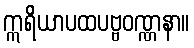
ဣရိယာပထပဗ္ဗဝဏ္ဏနာ။